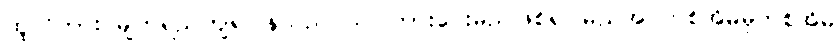
ထူလိကား မျက်ရည်ကျရပြန်သည် သင်ကြားပေးမည်ဖြစ်၍ မည်အ တစ်အိမ်မှတစ်အိမ်